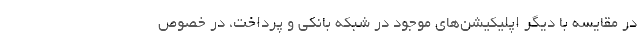
در مقایسه با دیگر اپلیکیشن‌های موجود در شبکه بانکی و پرداخت، در خصوص